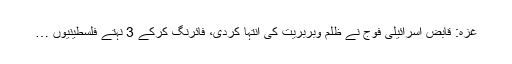
غزہ: قابض اسرائیلی فوج نے ظلم وبربریت کی انتہا کردی، فائرنگ کرکے 3 نہتے فلسطینیوں …